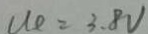
u _ { e } = 3 . 8 V